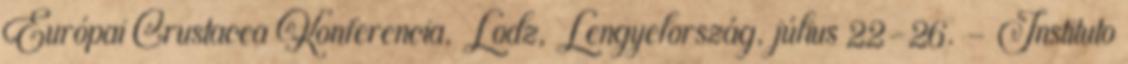
Európai Crustacea Konferencia, Lodz, Lengyelország, július 22-26. - Instituto